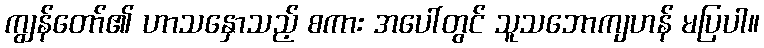
ကျွန်တော်၏ ဟာသနှောသည့် စကား အပေါ်တွင် သူသဘောကျဟန် မပြပါ။